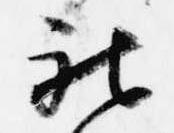
被